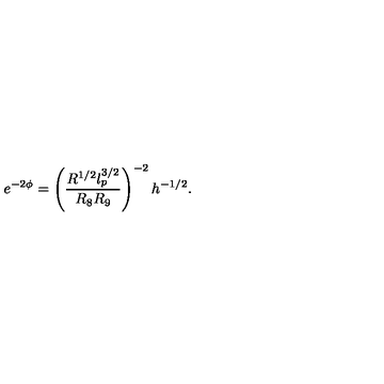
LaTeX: e ^ { - 2 \phi } = \left( \frac { R ^ { 1 / 2 } l _ { p } ^ { 3 / 2 } } { R _ { 8 } R _ { 9 } } \right) ^ { - 2 } h ^ { - 1 / 2 } .